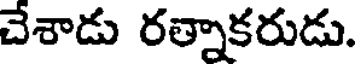
చేశాడు రత్నాకరుడు.